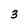
Character: 3